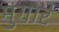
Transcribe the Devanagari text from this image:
मुगारे